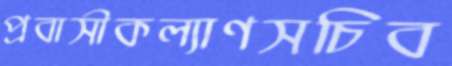
প্রবাসীকল্যাণসচিব